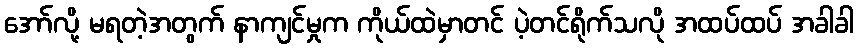
အော်လို့ မရတဲ့အတွက် နာကျင်မှုက ကိုယ်ထဲမှာတင် ပဲ့တင်ရိုက်သလို အထပ်ထပ် အခါခါ